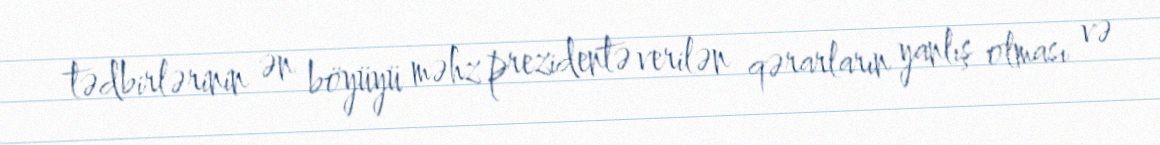
tədbirlərinin ən böyüyü məhz prezidentə verilən qərarların yanlış olması və